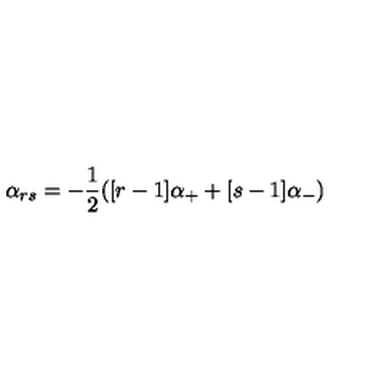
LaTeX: \alpha _ { r s } = - \frac { 1 } { 2 } ( [ r - 1 ] \alpha _ { + } + [ s - 1 ] \alpha _ { - } )